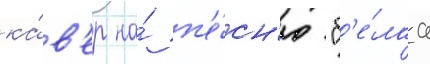
ка́в'ер на́ п'е́сн'ю "б'е́лаа